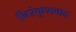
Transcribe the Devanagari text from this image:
निरंकुशवाद